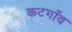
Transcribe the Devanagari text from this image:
कटगाँव